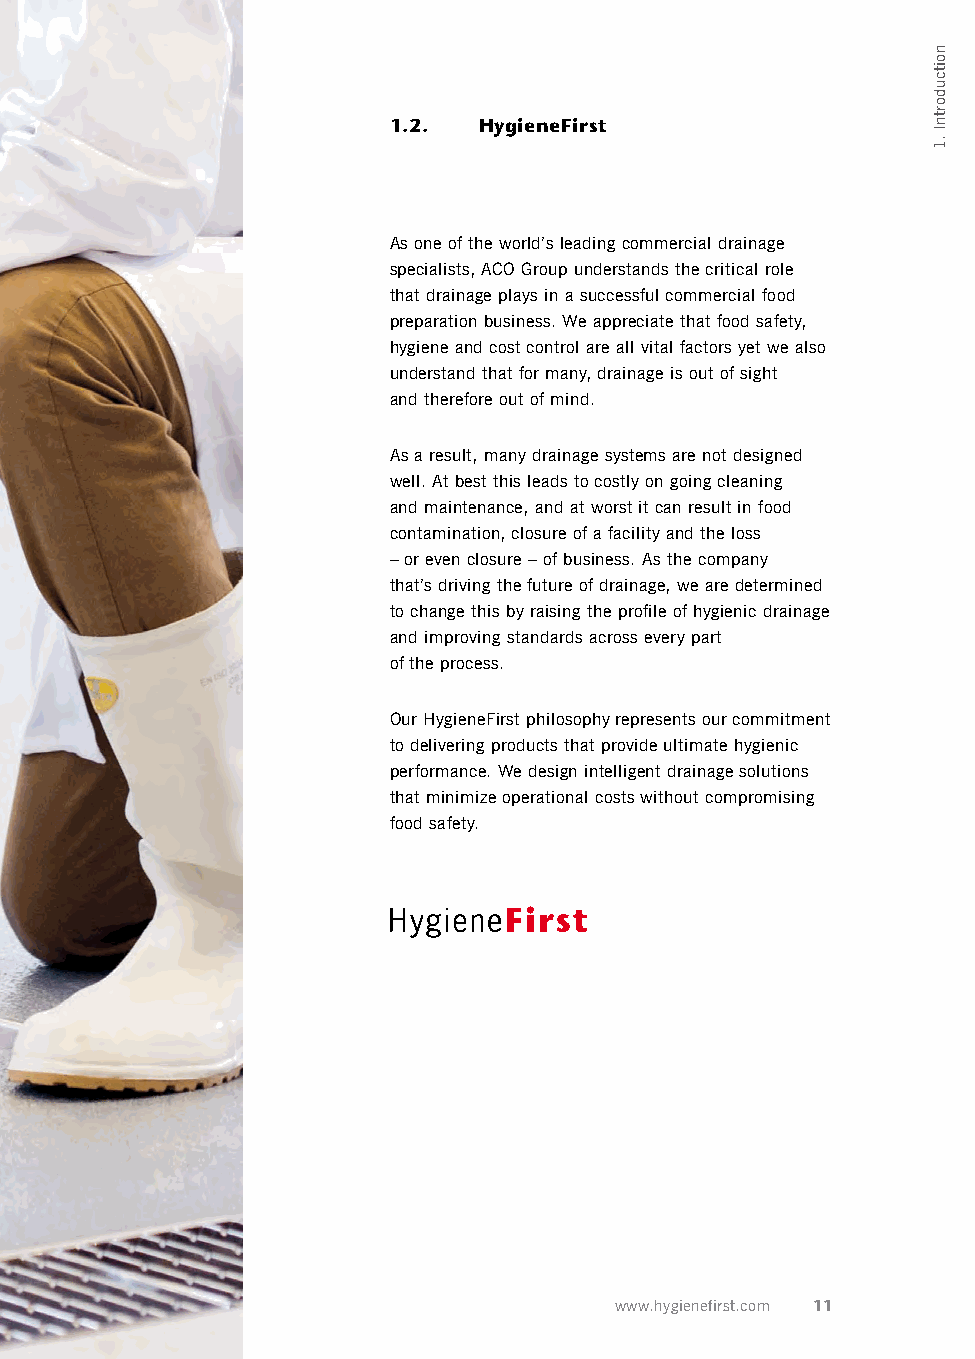
1.2.  HygieneFirst
 As one of the world’s leading commercial drainage
 specialists, ACO Group understands the critical role
 that drainage plays in a successful commercial food
 preparation business. We appreciate that food safety,
 hygiene and cost control are all vital factors yet we also
 understand that for many, drainage is out of sight
 and therefore out of mind.
 As a result, many drainage systems are not designed
 well. At best this leads to costly on going cleaning
 and maintenance, and at worst it can result in food
 contamination, closure of a facility and the loss
 – or even closure – of business. As the company
 that’s driving the future of drainage, we are determined
 to change this by raising the profile of hygienic drainage
 and improving standards across every part
 of the process.
 Our HygieneFirst philosophy represents our commitment
 to delivering products that provide ultimate hygienic
 performance. We design intelligent drainage solutions
 that minimize operational costs without compromising
 food safety.
 www.hygienefirst.com 11
 noitcudortnI
 .1